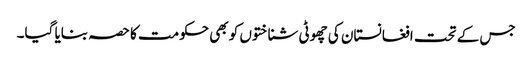
جس کے تحت افغانستان کی چھوٹی شناختوں کو بھی حکومت کا حصہ بنایا گیا۔